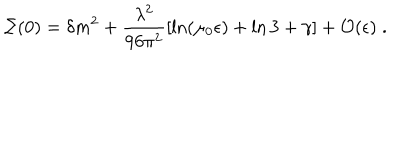
\Sigma ( 0 ) = \delta m ^ { 2 } + \frac { \lambda ^ { 2 } } { 9 6 \pi ^ { 2 } } [ \ln ( \mu _ { 0 } \epsilon ) + \ln 3 + \gamma ] + { \cal O } ( \epsilon ) \; .